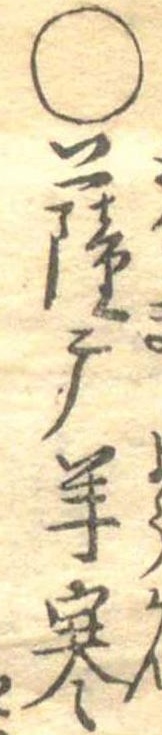
○薩广羊寒